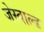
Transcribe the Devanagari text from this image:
जेस्वाल्ड